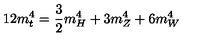
1 2 m _ { t } ^ { 4 } = \frac { 3 } { 2 } m _ { H } ^ { 4 } + 3 m _ { Z } ^ { 4 } + 6 m _ { W } ^ { 4 }